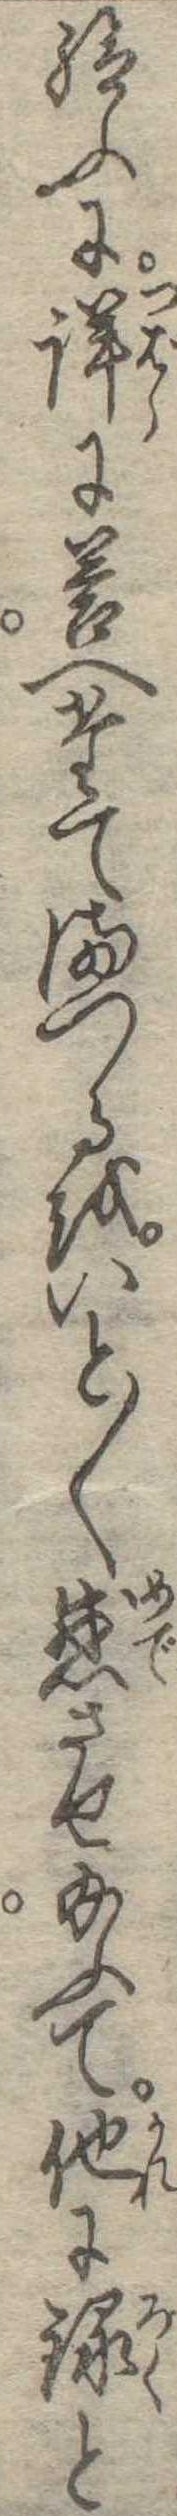
給ふに詳に答へたてまつるをいと〱感させ給ふて他に録と